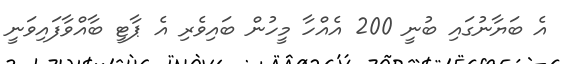
އެ ބަޔާނުގައި ބުނީ 200 އެއްހާ މީހުން ބައިވެރި އެ ޕާޓީ ބާއްވާފައިވަނީ